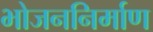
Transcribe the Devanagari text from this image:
भोजननिर्माण